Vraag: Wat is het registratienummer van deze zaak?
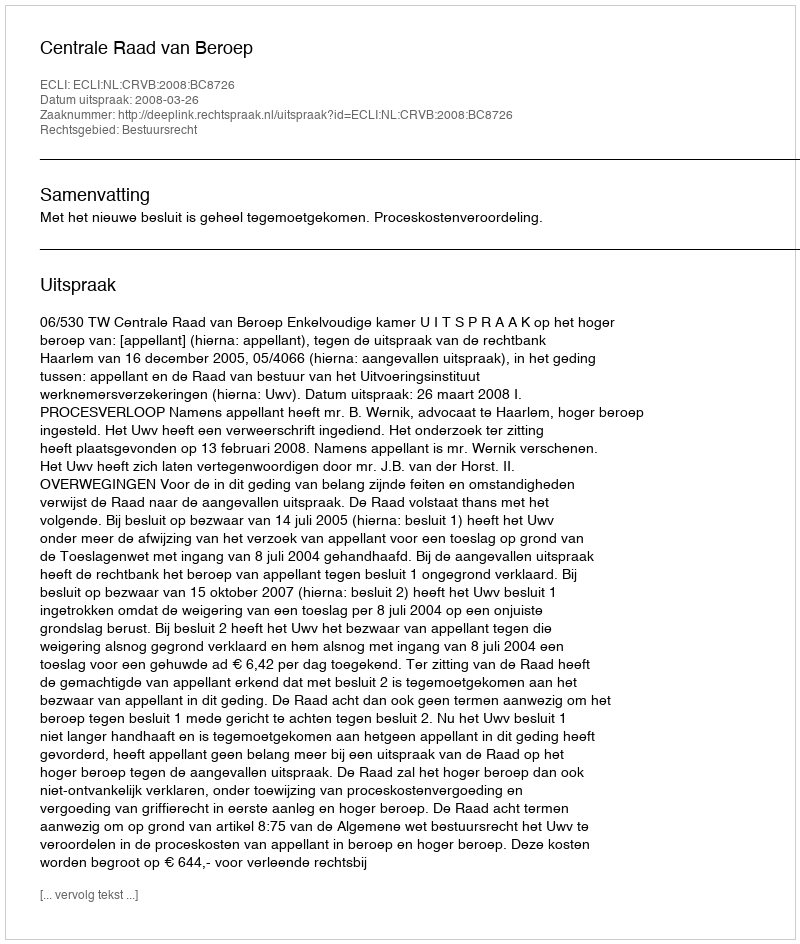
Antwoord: http://deeplink.rechtspraak.nl/uitspraak?id=ECLI:NL:CRVB:2008:BC8726